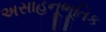
અસાહનૂભૂતિક